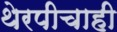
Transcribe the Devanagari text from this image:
थेरपीचाही